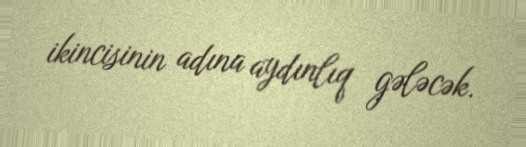
ikincisinin adına aydınlıq gələcək.